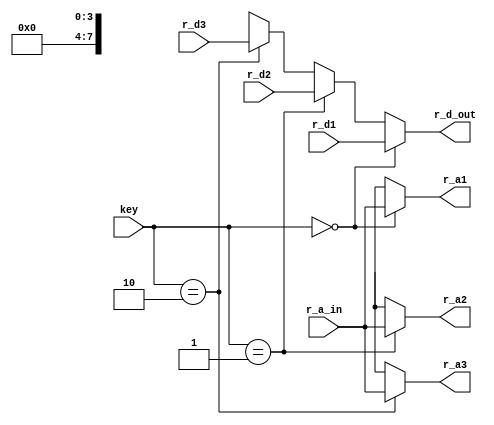
`timescale 1ns / 1ps
//////////////////////////////////////////////////////////////////////////////////
// Company:	-
// 
// Design Name: 	-
// Module Name:    connector 
// Project Name: 	FPGA implementation of simple XOR cipher
// Target Devices: -
// Tool versions: -
// Description: -
//
// Dependencies: -
//
// Revision: 
// Revision 0.01 - File Created
// Additional Comments: 
//
//////////////////////////////////////////////////////////////////////////////////

module connector
	( 
		input [1:0] key,
		input wire [7:0] r_d1, r_d2, r_d3,
		input [3:0] r_a_in,
		output wire [3:0] r_a1, r_a2, r_a3,
		output wire [7:0] r_d_out
    );
	
	assign r_a1 = (key==2'b00) ? r_a_in : 4'bx;
	assign r_a2 = (key==2'b01) ? r_a_in : 4'bx;
	assign r_a3 = (key==2'b10) ? r_a_in : 4'bx;
	
	assign r_d_out = (key==2'b00) ? r_d1 :
							(key==2'b01) ? r_d2 :
							(key==2'b10) ? r_d3 : 4'bx;
endmodule